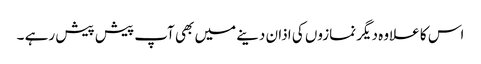
اس کا علاوہ دیگر نمازوں کی اذان دینے میں بھی آپ پیش پیش رہے ۔